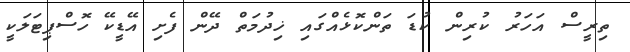
ތިރީސް އަހަރު ކުރިން ކުޑަ ތަންކޮޅެއްގައި ޚިދުމަތް ދޭން ފެށި އޭޑީކޭ ހޮސްޕިޓަލަކީ